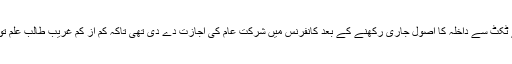
گھنٹے دو گھنٹے ٹکٹ سے داخلہ کا اصول جاری رکھنے کے بعد کانفرنس میں شرکت عام کی اجازت دے دی تھی تاکہ کم از کم غریب طالب علم تو شریک ہوجائے۔